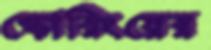
স্কোরিংয়ের